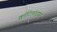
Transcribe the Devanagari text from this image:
क्वांटिफाइयर